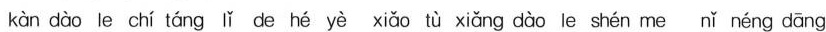
kàn dào le chí táng lǐ de hé yè xiǎo tù xiǎng dào le shén me nǐ néng dāng